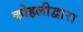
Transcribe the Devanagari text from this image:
कोहलीद्वारा